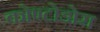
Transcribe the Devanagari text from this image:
कोण्टोडोरा